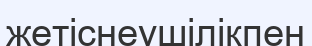
жетіснеушілікпен